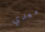
معدي